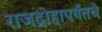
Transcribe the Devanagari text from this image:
राजद्रोहापर्यंतचे